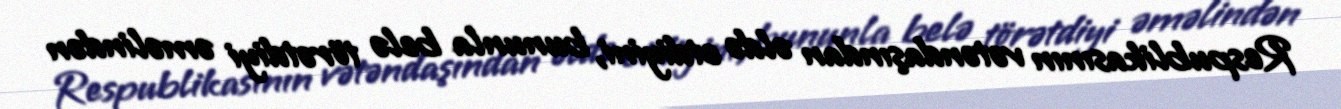
Respublikasının vətəndaşından əldə etdiyini, bununla belə törətdiyi əməlindən